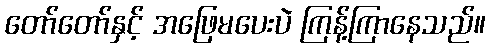
တော်တော်နှင့် အဖြေမပေးပဲ ကြန့်ကြာနေသည်။